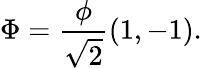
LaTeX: \Phi={\frac{\phi}{\sqrt{2}}}(1,-1).